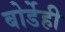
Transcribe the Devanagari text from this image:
बोर्डेही